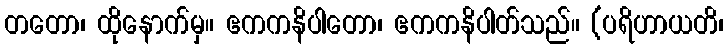
တတော၊ ထိုနောက်မှ။ ဧကကနိပါတော၊ ဧကကနိပါတ်သည်။ (ပရိဟာယတိ၊